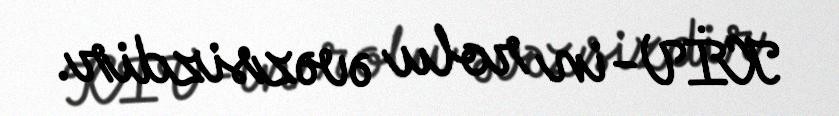
KİV-in rolu əvəzsizdir.